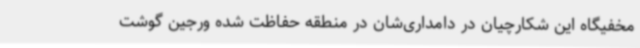
مخفیگاه این شکارچیان در دامداری‌شان در منطقه حفاظت شده ورجین گوشت